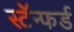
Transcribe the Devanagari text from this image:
स्टॅन्फर्ड